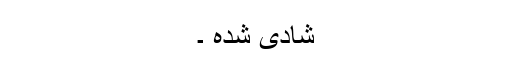
شادی شدہ ۔